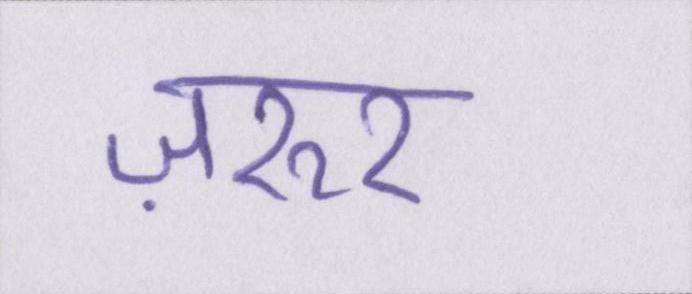
ज़रूर